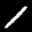
Label: 1